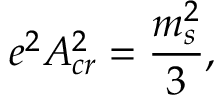
e ^ { 2 } A _ { c r } ^ { 2 } = { \frac { m _ { s } ^ { 2 } } { 3 } } ,